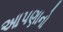
આપણાનો